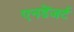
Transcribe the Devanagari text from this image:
एनडेंजर्ट